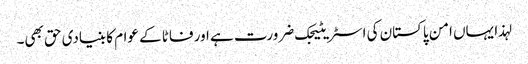
لہذا یہاں امن پاکستان کی اسٹریٹیجک ضرورت ہے اور فاٹا کے عوام کا بنیادی حق بھی۔